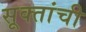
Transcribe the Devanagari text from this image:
सूक्तांची